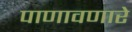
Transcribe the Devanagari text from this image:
पाणावणारे